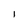
Character: l